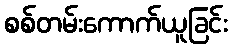
စစ်တမ်းကောက်ယူခြင်း